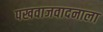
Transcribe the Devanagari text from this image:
पखवाजवादनाला